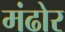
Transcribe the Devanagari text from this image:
मंढोर